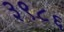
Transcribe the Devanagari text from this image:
३९८६